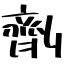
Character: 劑